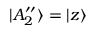
| A _ { 2 } ^ { \prime \prime } \rangle = | z \rangle